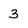
Character: 3